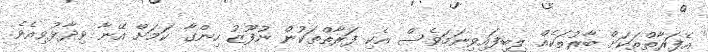
އެފަރާތްތަކަށް ބާރުތަކެއް ލިބިފައިވިނަމަވެސް އެކި ފަރާތްތަކުން ނުފޫޒު ހިންގާ ކަމަށް އޭނާ ވިދާޅުވިއެވެ.